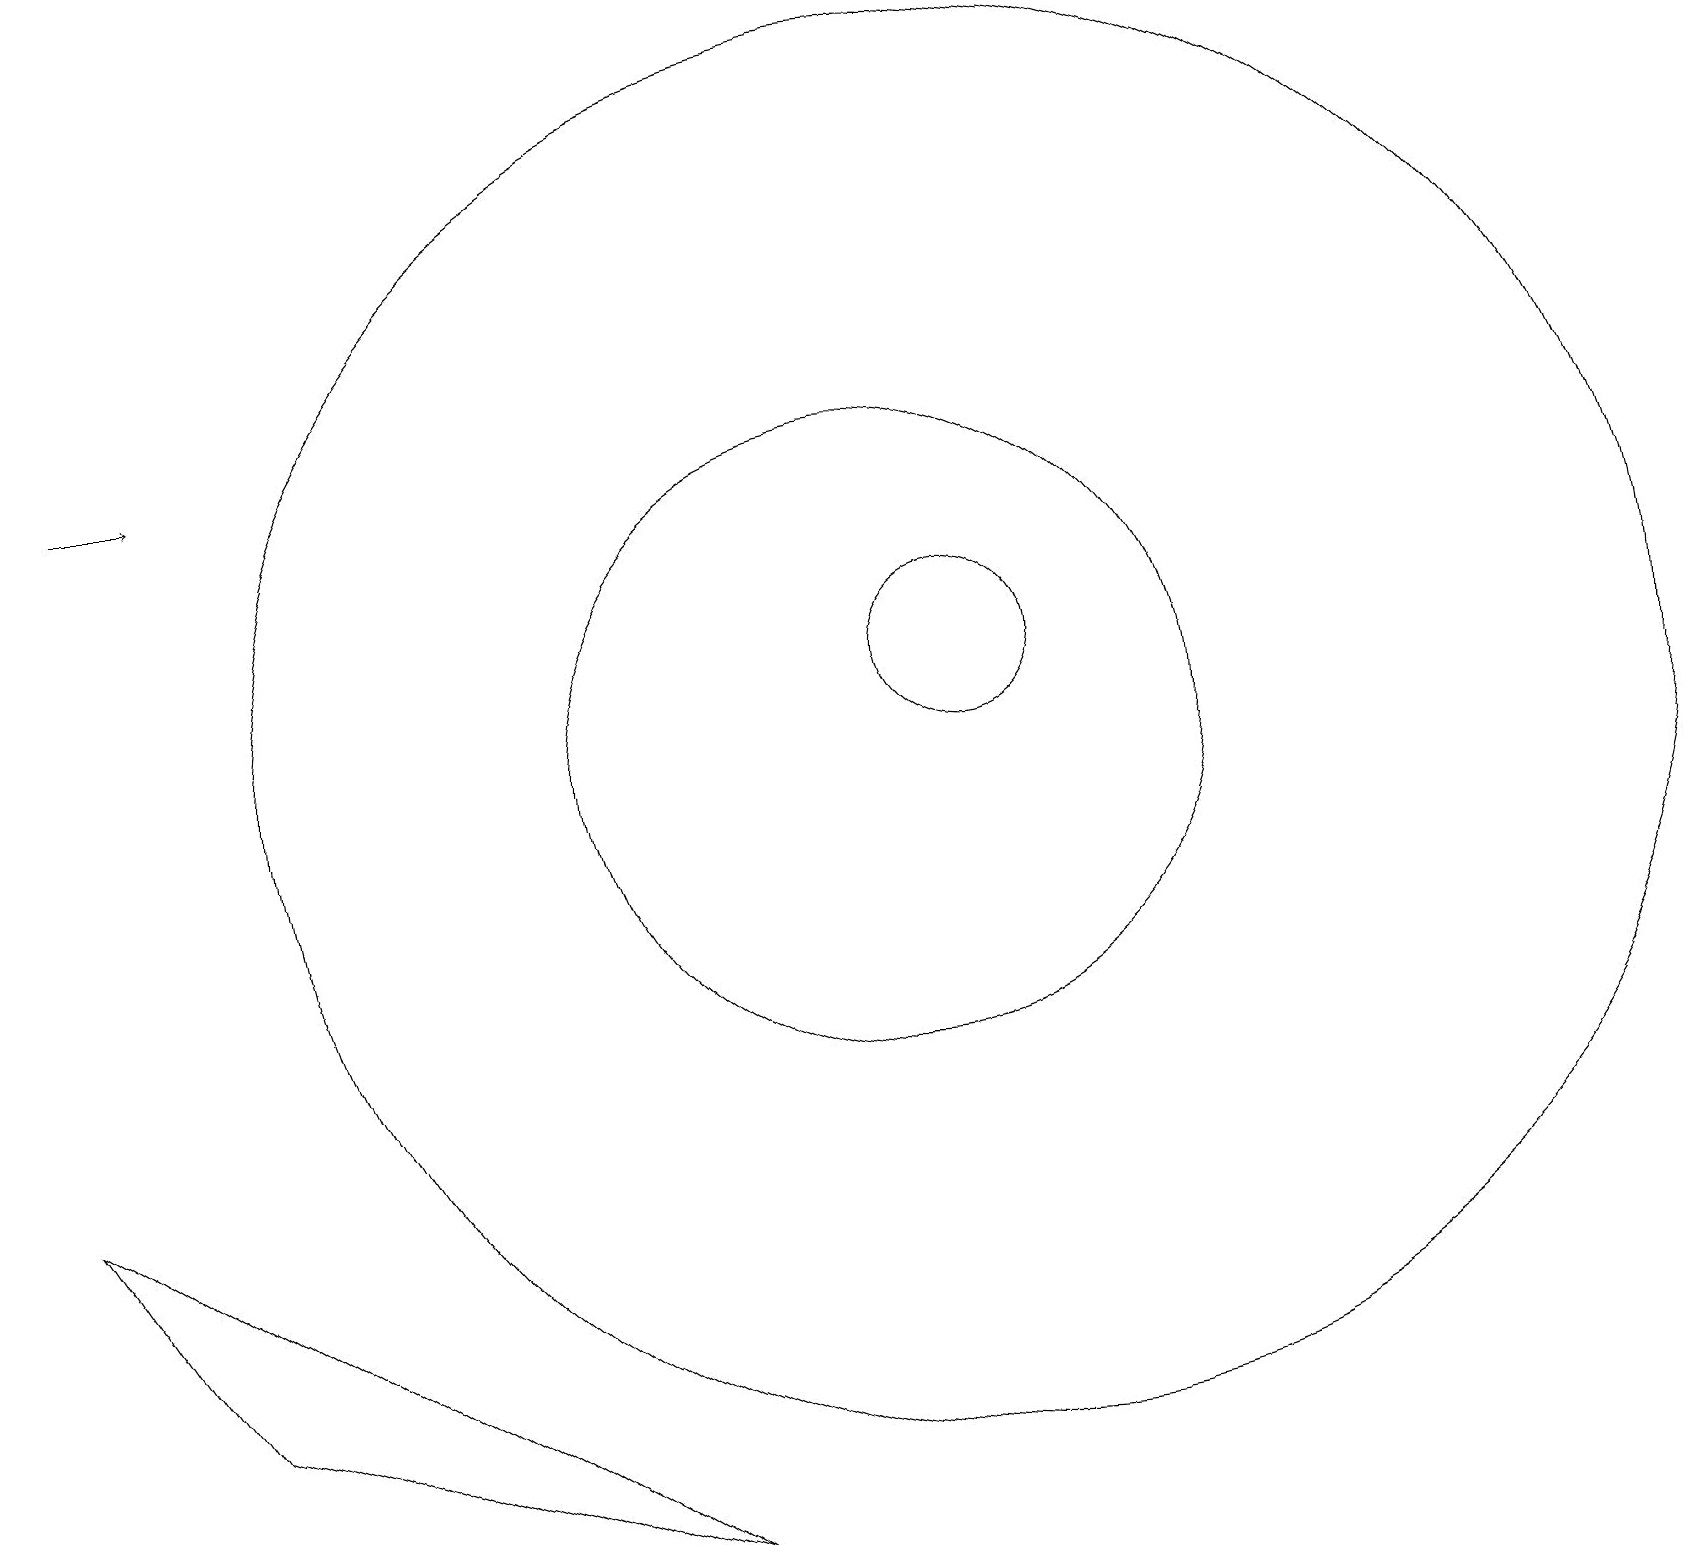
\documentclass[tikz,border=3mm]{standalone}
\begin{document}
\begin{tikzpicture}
\draw (11,11) circle (4);
\draw[->] (1,15) -- (2,15);
\draw (12,11) circle (9);
\draw (12,12) circle (1);
\draw (0,6) -- (2,3) -- (8,1) -- cycle;
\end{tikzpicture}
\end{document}